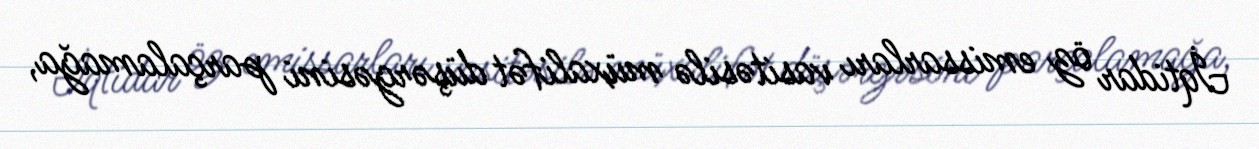
İqtidar öz emissarları vasitəsilə müxalifət düşərgəsini parçalamağa,